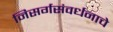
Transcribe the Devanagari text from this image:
निसर्गसंवर्धनाचे